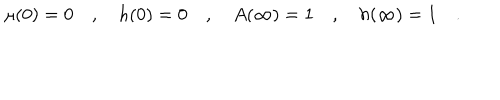
\mu ( 0 ) = 0 \quad , \quad h ( 0 ) = 0 \quad , \quad A ( \infty ) = 1 \quad , \quad h ( \infty ) = 1 \quad .